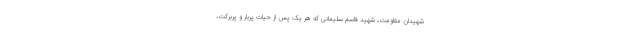
شهیدان مقاومت، شهید قاسم سلیمانی که هر یک پس از حیات پُربار و پُربرکت،